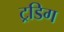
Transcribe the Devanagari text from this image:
ट्रडिग